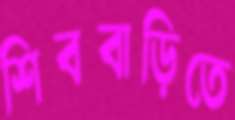
শিববাড়িতে